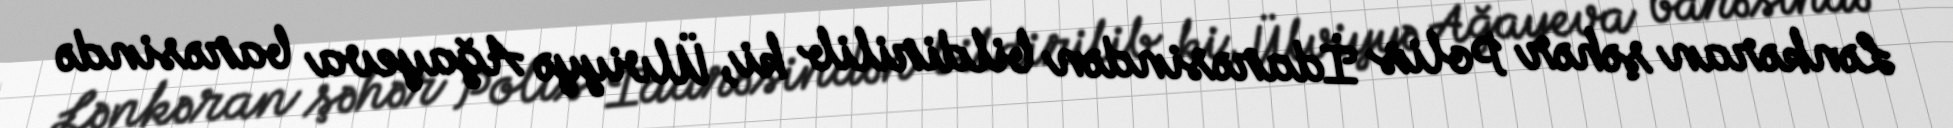
Lənkəran şəhər Polis İdarəsindən bildirilib ki, Ülviyyə Ağayeva barəsində